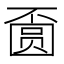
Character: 𱖅